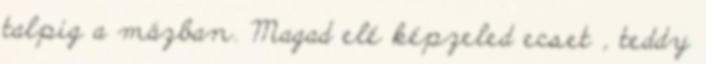
talpig a mázban. Magad elé képzeled ecset , teddy